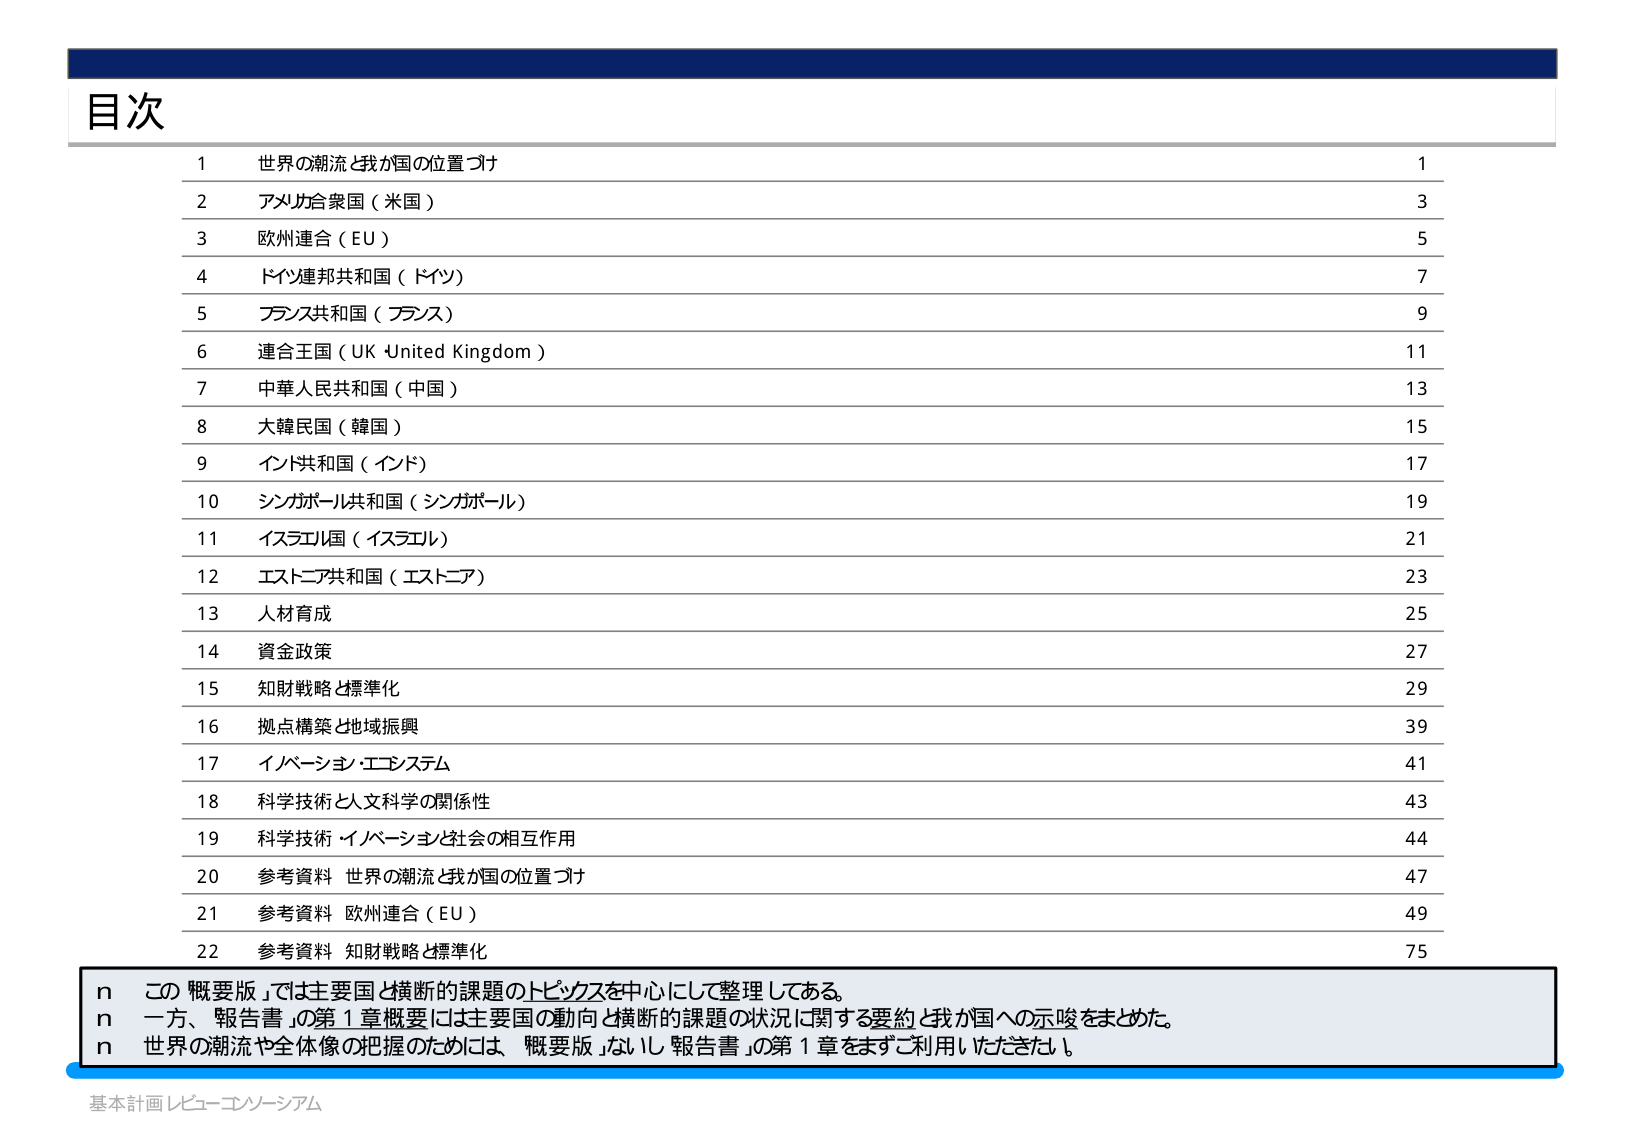
目次

1 世界の潮流と我が国の位置づけ 1
2 アメリカ合衆国（米国） 3
3 欧州連合（EU） 5
4 ドイツ連邦共和国（ドイツ） 7
5 フランス共和国（フランス） 9
6 連合王国（UK・United Kingdom） 11
7 中華人民共和国（中国） 13
8 大韓民国（韓国） 15
9 インド共和国（インド） 17
10 シンガポール共和国（シンガポール） 19
11 イスラエル国（イスラエル） 21
12 エストニア共和国（エストニア） 23
13 人材育成 25
14 資金政策 27
15 知財戦略と標準化 29
16 拠点構築と地域振興 39
17 イノベーション・エコシステム 41
18 科学技術と人文科学の関係性 43
19 科学技術・イノベーションと社会の相互作用 44
20 参考資料 世界の潮流と我が国の位置づけ 47
21 参考資料 欧州連合（EU） 49
22 参考資料 知財戦略と標準化 75

n この「概要版」では主要国と横断的課題のトピックスを中心にして整理してある。
n 一方、「報告書」の第1章概要には主要国の動向と横断的課題の状況に関する要約と我が国への示唆をまとめた。
n 世界の潮流や全体像の把握のためには、「概要版」ないし「報告書」の第1章をまずご利用いただきたい。

基本計画レビュー・コンソーシアム